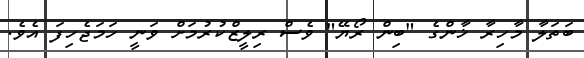
ބަތަލާ މާހިރާ ޚާންގެ "ބިން ރޯޔޭ" ވެސް ރިލީޒްކުރުމަށް ވަނީ ހަމަޖެހިފަ އެވެ.